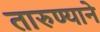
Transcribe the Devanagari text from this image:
तारुण्याने